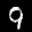
Label: 9